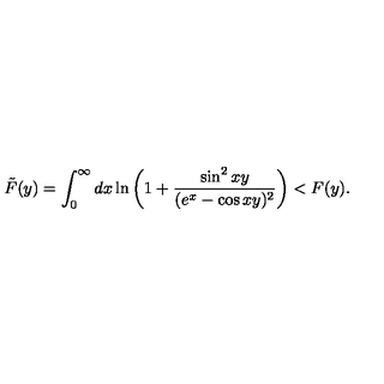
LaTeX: \tilde { F } ( y ) = \int _ { 0 } ^ { \infty } d x \ln \left( 1 + \frac { \sin ^ { 2 } x y } { ( e ^ { x } - \cos x y ) ^ { 2 } } \right) < F ( y ) .